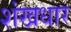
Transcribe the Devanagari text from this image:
शंखधार